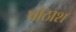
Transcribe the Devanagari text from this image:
पोठाश